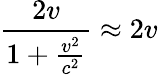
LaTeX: \frac{2v}{1+\frac{v^{2}}{c^{2}}}\approx 2v